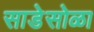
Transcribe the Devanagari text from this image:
साडेसोळा